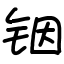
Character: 铟